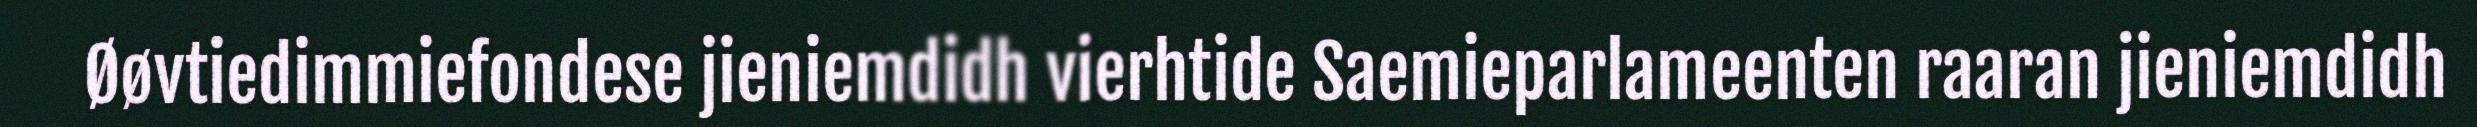
Øøvtiedimmiefondese jieniemdidh vierhtide Saemieparlameenten raaran jieniemdidh